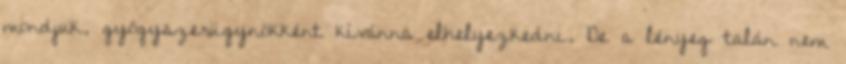
mondjuk, gyógyszerügynökként kívánna elhelyezkedni. De a lényeg talán nem